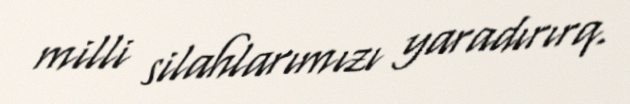
milli silahlarımızı yaradırırq.